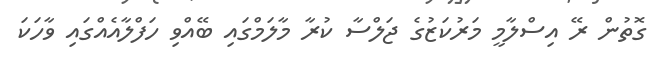
ގޮތުން ރޭ އިސްލާމީ މަރުކަޒުގެ ޖަލްސާ ކުރާ މާލަމްގައި ބޭއްވި ހަފްލާއެއްގައި ވާހަކަ